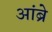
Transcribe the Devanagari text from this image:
आंब्रे